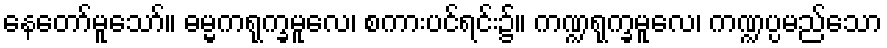
နေတော်မူသော်။ ဓမ္မကရုက္ခမူလေ၊ စကားပင်ရင်း၌။ ကဏ္ဍရုက္ခမူလေ၊ ကဏ္ဍပ္ပမည်သော